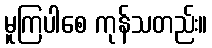
မူကြပါစေ ကုန်သတည်း။